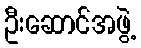
ဦးဆောင်အဖွဲ့